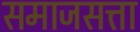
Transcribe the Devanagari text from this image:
समाजसत्ता